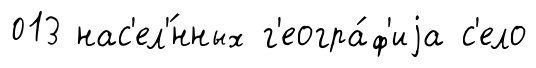
013 нас'ел'́нных г'еогра́ф'иjа с'ело